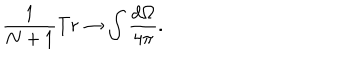
\frac { 1 } { N + 1 } T r \rightarrow \int \frac { d \Omega } { 4 \pi } .